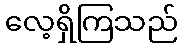
လေ့ရှိကြသည်